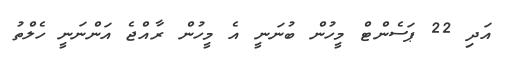
އަދި 22 ޕަސެންޓް މީހުން ބުނަނީ އެ މީހުން ރާއްޖެ އަންނަނީ ހެލްތު